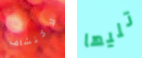
لاكتشاف تليها